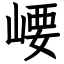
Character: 崾